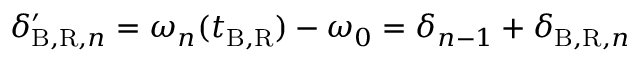
\delta _ { \mathrm { B , R } , n } ^ { \prime } = \omega _ { n } ( t _ { \mathrm { B , R } } ) - \omega _ { 0 } = \delta _ { n - 1 } + \delta _ { \mathrm { B , R } , n }